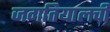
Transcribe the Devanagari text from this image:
जगतियालची